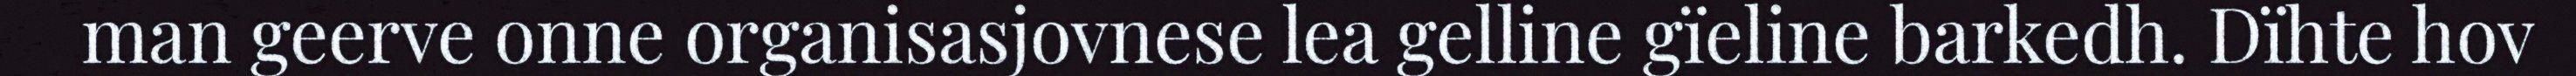
man geerve onne organisasjovnese lea gelline gïeline barkedh. Dïhte hov